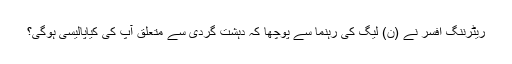
ریٹرننگ افسر نے (ن) لیگ کی رہنما سے پوچھا کہ دہشت گردی سے متعلق آپ کی کیاپالیسی ہوگی؟